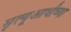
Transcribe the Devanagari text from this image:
मृत्यूआधीच्या